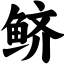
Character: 鲚